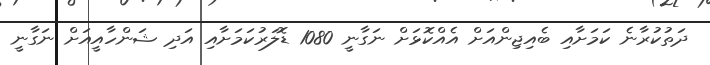
ދަތުކުރާނެ ކަމަށާއި ބެއިޖިންއަށް އެއްކޮޅަށް ނަގާނީ 1080 ޑޮލަރުކަމަށާއި އަދި ޝަންހާއީއަށް ނަގާނީ